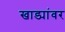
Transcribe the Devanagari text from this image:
खाड्यांवर